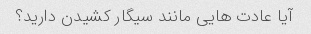
آیا عادت هایی مانند سیگار کشیدن دارید؟